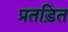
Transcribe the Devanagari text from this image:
प्रतड़ित